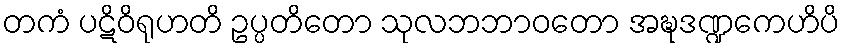
တကံ ပဋိဝိရုဟတိ ဥပ္ပတိတော သုလဘဘာဝတော အဍ္ဎဒဏ္ဍကေဟိပိ